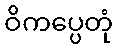
ဝိကပ္ပေတုံ